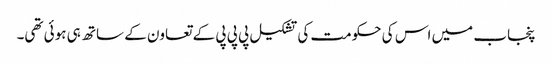
پنجاب میں اس کی حکومت کی تشکیل پی پی پی کے تعاون کے ساتھ ہی ہوئی تھی۔